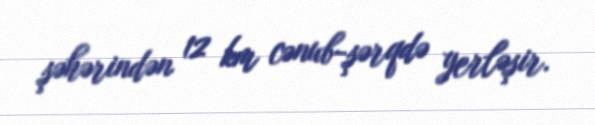
şəhərindən 12 km cənub-şərqdə yerləşir.